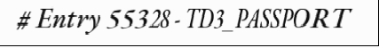
# Entry 55328 - TD3_PASSPORT